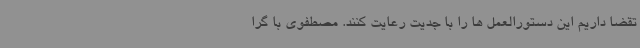
تقضا داریم این دستورالعمل ها را با جدیت رعایت کنند. مصطفوی با گرا